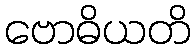
ဗောဓိယတိ